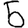
Digit: 5